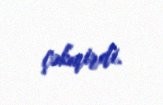
çəkmirdi.